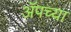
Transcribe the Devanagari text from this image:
ॲपच्या